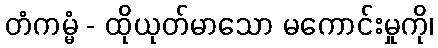
တံကမ္မံ - ထိုယုတ်မာသော မကောင်းမှုကို၊